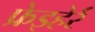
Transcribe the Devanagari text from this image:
फ्रेइहेर्र